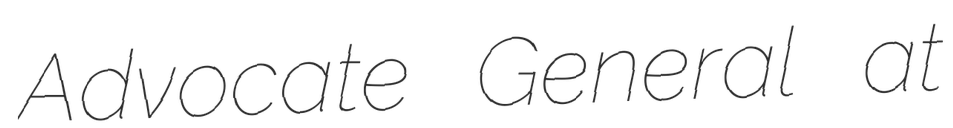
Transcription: Advocate General at